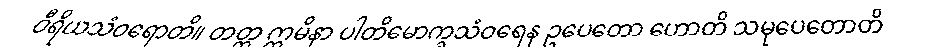
ဝီရိယသံဝရောတိ။ တတ္ထ ဣမိနာ ပါတိမောက္ခသံဝရေန ဥပေတော ဟောတိ သမုပေတောတိ